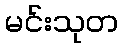
မင်းသုတ